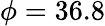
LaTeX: \phi=36.8